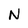
Character: N